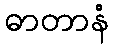
ဓာတာနံ